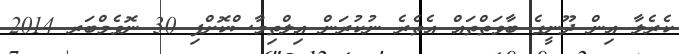
ކެރެލާ އިން ދޫނީގެ ބާވަތްތައް އެތެރެ ނުކުރަން އިލްތިމާސްކޮށްފި 30 ނޮވެމްބަރ 2014